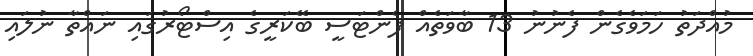
މުއްދަތު ހަމަވެގެން ފެނުނު 13 ބާވަތެއް ފެންޓަސީ ބޭކަރީގެ އިސްޓޯރުގައި ނައްތާ ނުލައި